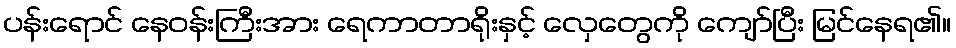
ပန်းရောင် နေဝန်းကြီးအား ရေကာတာရိုးနှင့် လှေတွေကို ကျော်ပြီး မြင်နေရ၏။